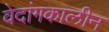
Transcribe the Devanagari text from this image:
वेदांगकालीन